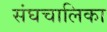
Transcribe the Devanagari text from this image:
संघचालिका